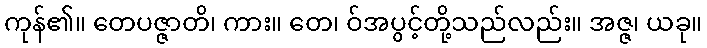
ကုန်၏။ တေပဇ္ဇာတိ၊ ကား။ တေ၊ ဝ်အပွင့်တို့သည်လည်း။ အဇ္ဇ၊ ယခု။